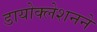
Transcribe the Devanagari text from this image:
डायोक्लेशनने